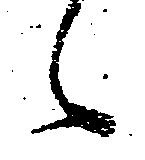
候